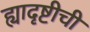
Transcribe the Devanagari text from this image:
ह्यादृष्टीची